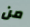
من